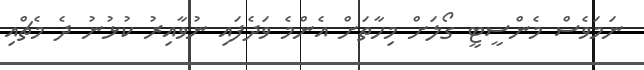
ނަމަވެސް މެންސީޓީ ގޯލަށް މިހާތަށް އެންމެ ވަދެފައި ނުވާއިރު ކުޅުނު ދެ މެޗްއި